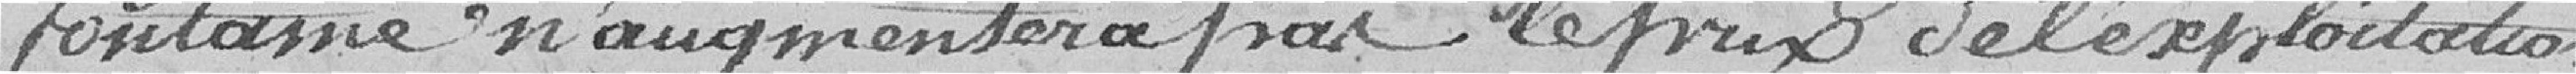
fontaine n'augmentera pas le prix de l'exploitation.